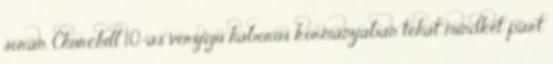
során. Churchill 1.0-ás verziójú háborús kormányában tehát mindkét párt